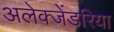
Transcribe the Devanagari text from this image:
अलेक्जेंडरिया